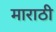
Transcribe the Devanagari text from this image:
माराठी